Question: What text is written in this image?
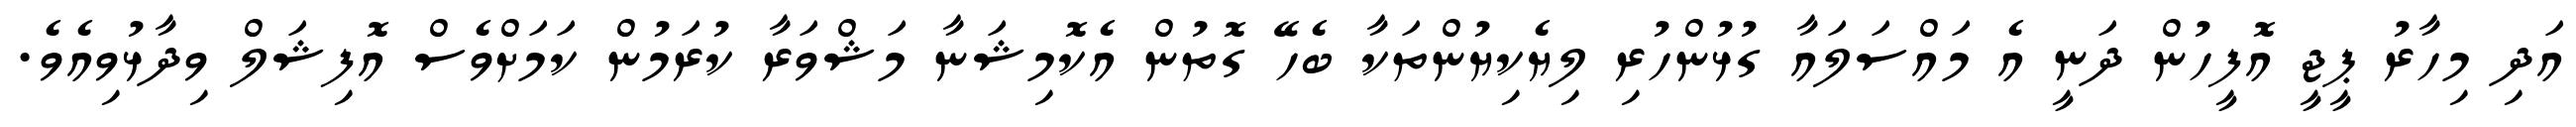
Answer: އަދި މިހާރު ޕީޖީ އޮފީހުން ދަނީ އެ މައްސަލައާ ގުޅުންހުރި ލިޔެކިޔުންތަކާ ބެހޭ ގޮތުން އެކޮމިޝަނާ މަޝްވަރާ ކުރަމުން ކަމަށްވެސް އޮފިޝަލް ވިދާޅުވިއެވެ.